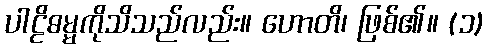
ပါဠိဓမ္မကိုသိသည်လည်း။ ဟောတိ၊ ဖြစ်၏။ (၁)